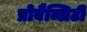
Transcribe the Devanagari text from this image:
प्रोबैब्लिटी